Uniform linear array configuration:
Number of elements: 12
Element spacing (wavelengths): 0.25
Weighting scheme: uniform
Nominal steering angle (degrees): -30
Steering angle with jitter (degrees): -29.993
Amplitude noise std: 0.05
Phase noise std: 0.05

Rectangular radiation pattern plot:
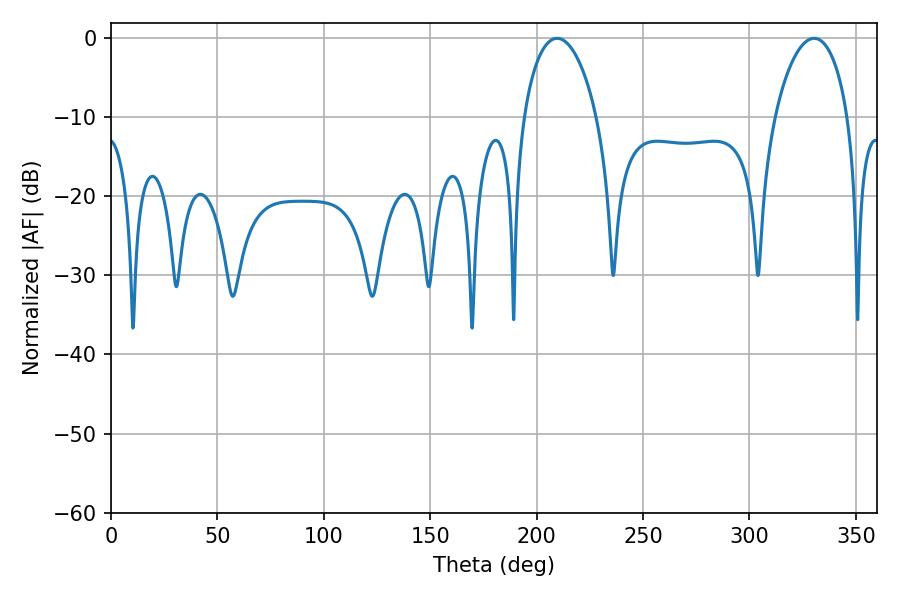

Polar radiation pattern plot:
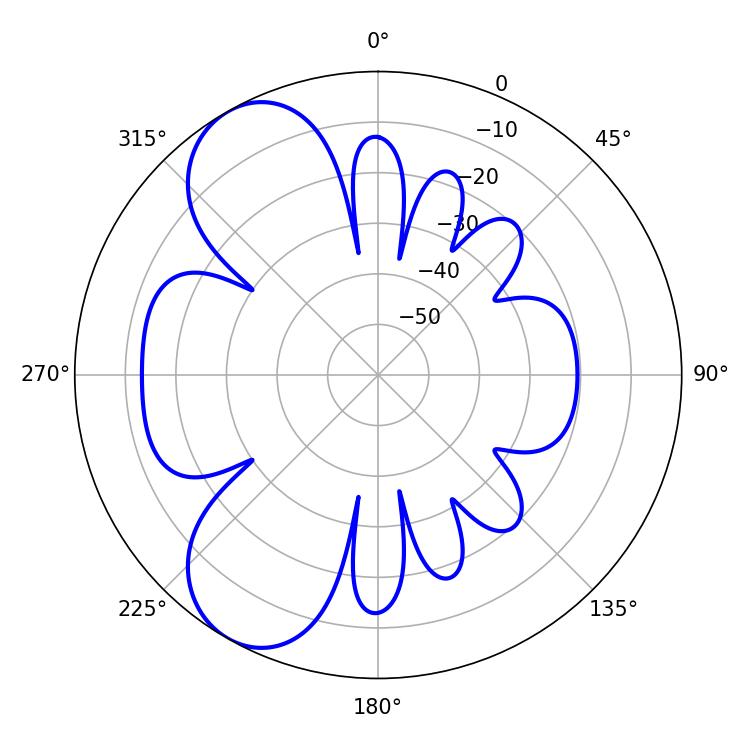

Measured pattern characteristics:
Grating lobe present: FALSE
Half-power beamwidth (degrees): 19.62
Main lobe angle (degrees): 209.52